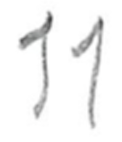
Text: 11
Cross-out: clean
Writing tool: pencil